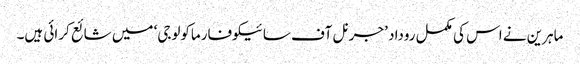
ماہرین نے اس کی مکمل روداد ’جرنل آف سائیکوفارماکولوجی‘ میں شائع کرائی ہیں۔